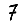
Digit: 7